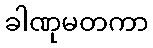
ခါဏုမတကာ